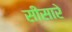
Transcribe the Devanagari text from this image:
सीसारे